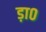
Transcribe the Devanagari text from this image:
ड़ा०